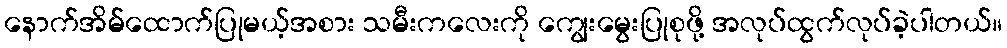
နောက်အိမ်ထောက်ပြုမယ့်အစား သမီးကလေးကို ကျွေးမွေးပြုစုဖို့ အလုပ်ထွက်လုပ်ခဲ့ပါတယ်။